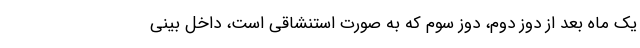
یک ماه بعد از دوز دوم، دوز سوم که به صورت استنشاقی است، داخل بینی